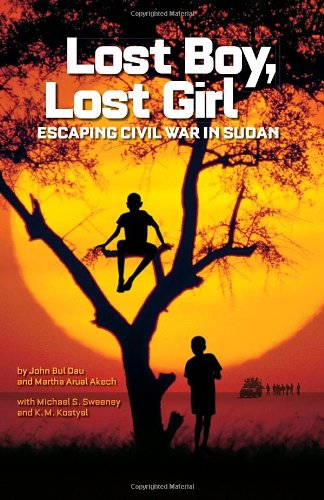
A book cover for Lost Boy, Lost Girl: Escaping Civil War in Sudan; John Bul Dau; Children's Books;